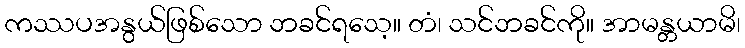
ကဿပအနွယ်ဖြစ်သော ဘခင်ရသေ့။ တံ၊ သင်ဘခင်ကို။ အာမန္တယာမိ၊